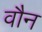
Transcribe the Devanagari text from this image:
वौन